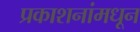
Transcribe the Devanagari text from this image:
प्रकाशनांमधून